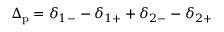
\Delta _ { \mathrm { p } } = \delta _ { 1 - } - \delta _ { 1 + } + \delta _ { 2 - } - \delta _ { 2 + }